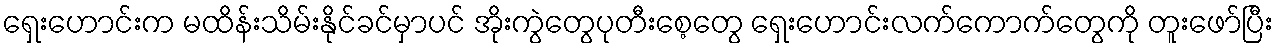
ရှေးဟောင်းက မထိန်းသိမ်းနိုင်ခင်မှာပင် အိုးကွဲတွေပုတီးစေ့တွေ ရှေးဟောင်းလက်ကောက်တွေကို တူးဖော်ပြီး